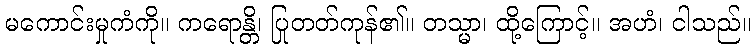
မကောင်းမှုကံကို။ ကရောန္တိ၊ ပြုတတ်ကုန်၏။ တသ္မာ၊ ထို့ကြောင့်။ အဟံ၊ ငါသည်။